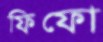
ফিফো